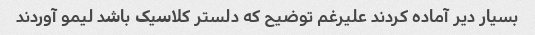
بسیار دیر آماده کردند علیرغم توضیح که دلستر کلاسیک باشد لیمو آوردند